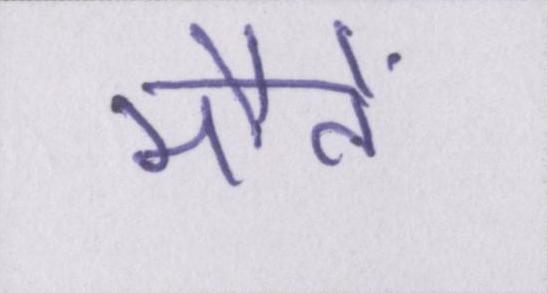
मौतें